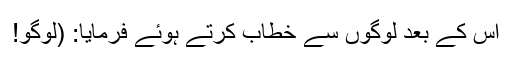
اس کے بعد لوگوں سے خطاب کرتے ہوئے فرمایا: (لوگو!